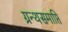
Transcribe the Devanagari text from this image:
ग्रन्थसमाप्ति